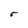
Character: r